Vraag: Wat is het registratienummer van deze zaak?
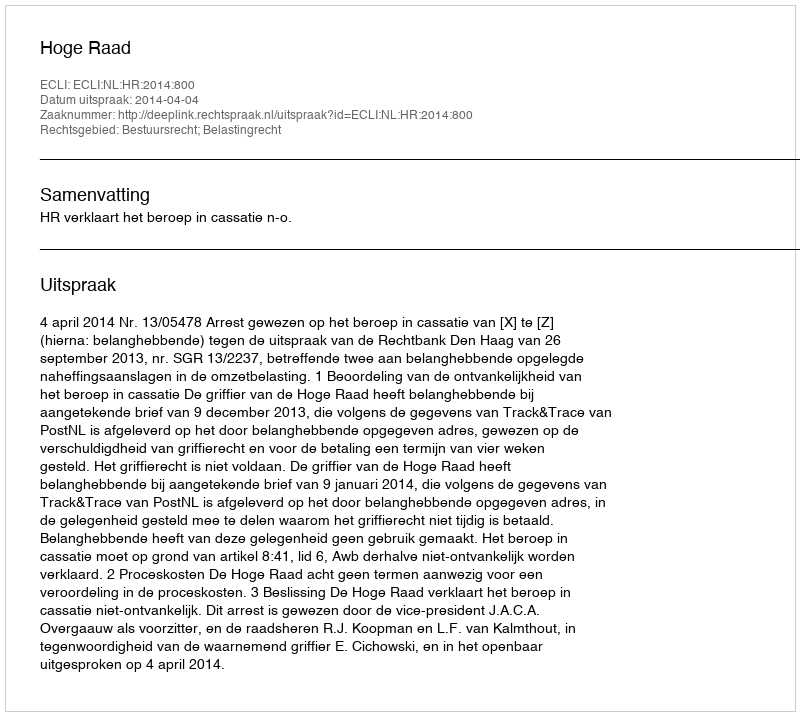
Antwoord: http://deeplink.rechtspraak.nl/uitspraak?id=ECLI:NL:HR:2014:800